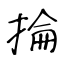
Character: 掄